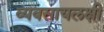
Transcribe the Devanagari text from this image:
व्यवसायलक्षी